Civil Veterinary Dept. Bombay admin report 1907-1913 - 1907-1913
Year: 1907
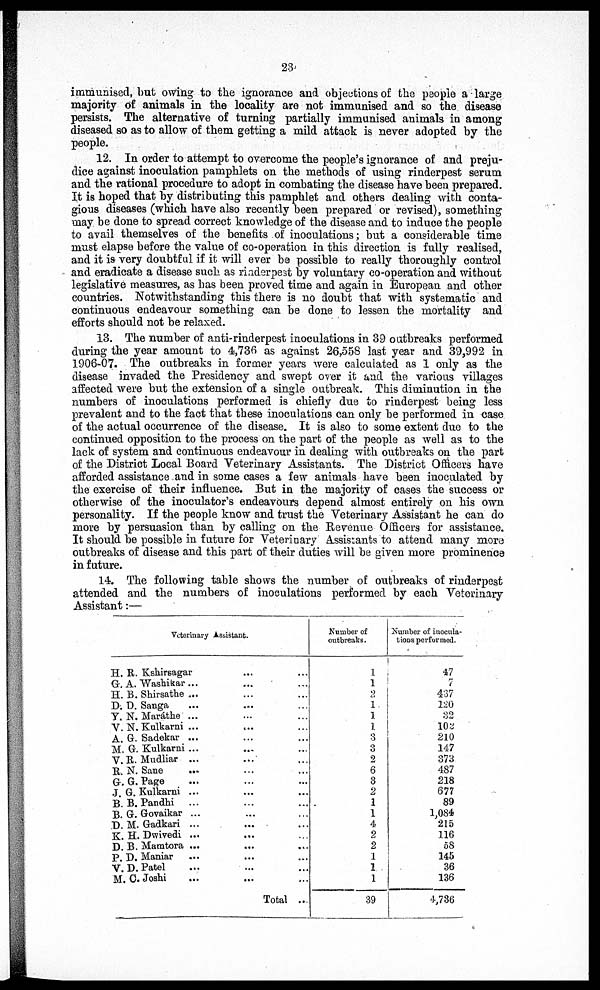
23
immunised, but owing to the ignorance and objections of the people a large
majority of animals in the locality are not immunised and so the disease
persists. The alternative of turning partially immunised animals in among
diseased so as to allow of them getting a mild attack is never adopted by the
people.
12. In order to attempt to overcome the people's ignorance of and preju-
dice against inoculation pamphlets on the methods of using rinderpest serum
and the rational procedure to adopt in combating the disease have been prepared.
It is hoped that by distributing this pamphlet and others dealing with conta-
gious diseases (which have also recently been prepared or revised), something
may be done to spread correct knowledge of the disease and to induce the people
to avail themselves of the benefits of inoculations; but a considerable time
must elapse before the value of co-operation in this direction is fully realised,
and it is very doubtful if it will ever be possible to really thoroughly control
and eradicate a disease such as rinderpest by voluntary co-operation and without
legislative measures, as has been proved time and again in European and other
countries. Notwithstanding this there is no doubt that with systematic and
continuous endeavour something can be done to lessen the mortality and
efforts should not be relaxed.
13. The number of anti-rinderpest inoculations in 39 outbreaks performed
during the year amount to 4,736 as against 26,558 last year and 39,992 in
1906-07. The outbreaks in former years were calculated as 1 only as the
disease invaded the Presidency and swept over it and the various villages
affected were but the extension of a single outbreak. This diminution in the
numbers of inoculations performed is chiefly due to rinderpest being less
prevalent and to the fact that these inoculations can only be performed in case
of the actual occurrence of the disease. It is also to some extent due to the
continued opposition to the process on the part of the people as well as to the
lack of system and continuous endeavour in dealing with outbreaks on the part
of the District Local Board Veterinary Assistants. The District Officers have
afforded assistance and in some cases a few animals have been inoculated by
the exercise of their influence. But in the majority of cases the success or
otherwise of the inoculator's endeavours depend almost entirely on his own
personality. If the people know and trust the Veterinary Assistant he can do
more by persuasion than by calling on the Revenue Officers for assistance.
It should be possible in future for Veterinary Assistants to attend many more
outbreaks of disease and this part of their duties will be given more prominence
in future.
14. The following table shows the number of outbreaks of rinderpest
attended and the numbers of inoculations performed by each Veterinary
Assistant:—
Veterinary Assistant.
H. R. Kshirsagar ...
G. A.Washikar ... ...
H. B. Shirsathe ... ...
D. D. Sanga ... ...
Y. N. Maráthe ... ...
V. N. Kulkarni ... ...
A. G. Sadekar ... ...
M. G. Kulkarni ... ...
V. R. Mudliar ... ...
R N. Sane ... ...
G. G. Page ... ...
J. G. Kulkarni ... ...
B. B. Pandhi
... ...
B. G. Govaikar ... ...
D. M. Gadkari ... ...
K. H. Dwivedi ... ...
D. B. Mamtora ... ...
P. D. Maniar ... ...
V. D. Patel ... ...
M. C. Joshi ... ...
Total ...
Number of
outbreaks.
1
1
2
1
1.
1
3
3
2
6
3
2
1
1
4
2
2
1
1
1
39
Number of inocula-
tions performed.
47
7
437
120
32
102
210
147
373
487
218
677
89
1,084
215
116
58
145
36
136
4,736